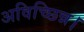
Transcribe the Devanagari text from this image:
अविच्छिन्न।